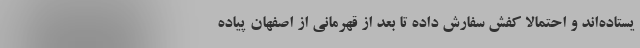
یستاده‌اند و احتمالاً کفش سفارش داده تا بعد از قهرمانی از اصفهان پیاده